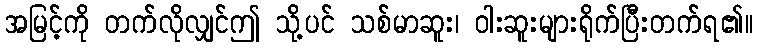
အမြင့်ကို တက်လိုလျှင်ဤ သို့ပင် သစ်မာဆူး၊ ဝါးဆူးများရိုက်ပြီးတက်ရ၏။